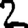
Digit: 2